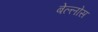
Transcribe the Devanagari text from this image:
बेल्लोस